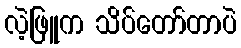
လဲ့ဖြူက သိပ်တော်တာပဲ